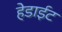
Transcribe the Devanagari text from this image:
हेडाईट